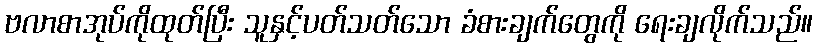
ဗလာစာအုပ်ကိုထုတ်ပြီး သူနှင့်ပတ်သတ်သော ခံစားချက်တွေကို ရေးချလိုက်သည်။